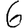
Digit: 6